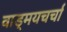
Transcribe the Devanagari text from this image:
वाड्मयचर्चा